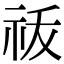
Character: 𬒲